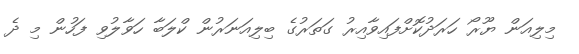
މިލިއަން ޔޫރޯ ހަރަދުކޮށްފައިވާއިރު ގަތަރުގެ ބިލިއަނަރުން ކްލަބާ ހަވާލުވި ފަހުން މި ދެ